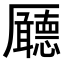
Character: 𠫊